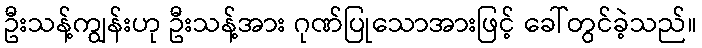
ဦးသန့်ကျွန်းဟု ဦးသန့်အား ဂုဏ်ပြုသောအားဖြင့် ခေါ်တွင်ခဲ့သည်။